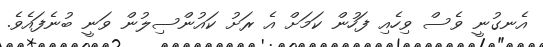
އެނގުނީ ވެސް ވިހެއި ފަހުން ކަމަށް އެ ރަށު ކައުންސިލުން ވަނީ ބުނެފައެވެ.